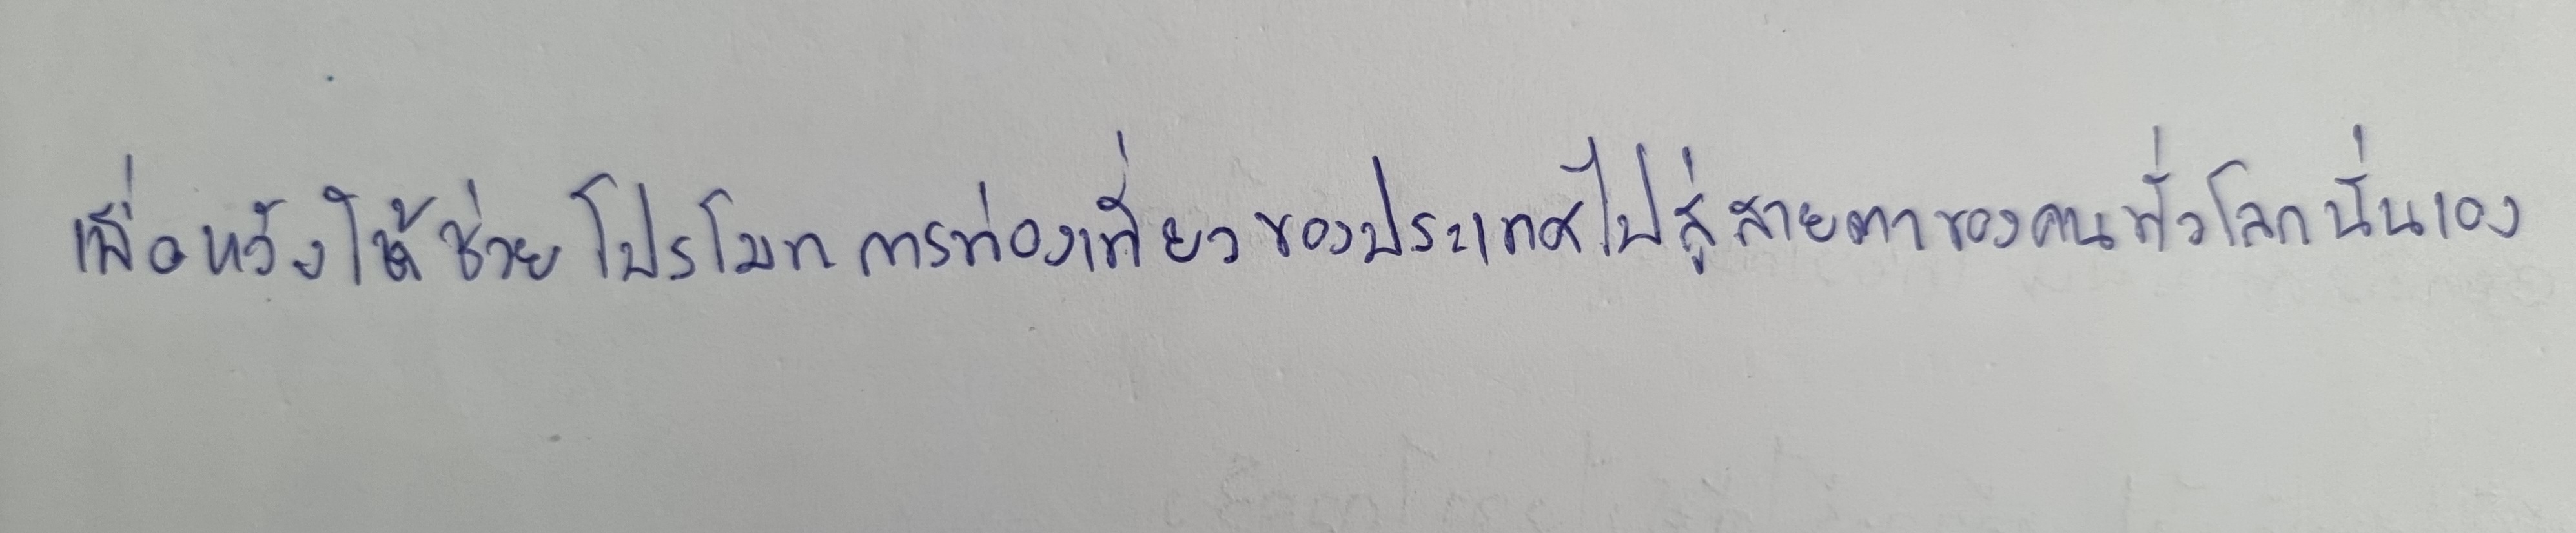
เพื่อหวังให้ช่วยโปรโมทการท่องเที่ยวของประเทศไปสู่สายตาของคนทั่วโลกนั่นเอง